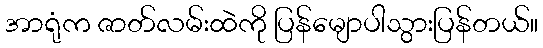
အာရုံက ဇာတ်လမ်းထဲကို ပြန်မျောပါသွားပြန်တယ်။